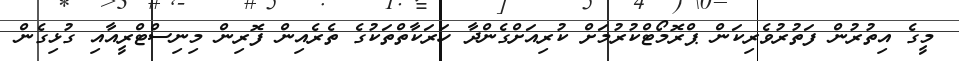
މީގެ އިތުރުން ފަތުރުވެރިކަން ޕްރޮމޯޓްކުރުމަށް ކުރިއަށްގެންދާ ހަރަކާތްތަކުގެ ތެރެއިން ފޮރިން މިނިސްޓްރީއާއި ގުޅިގެން